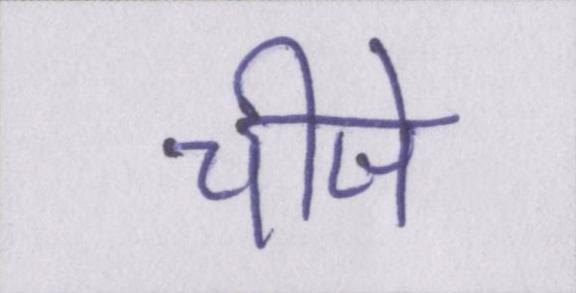
चीजे